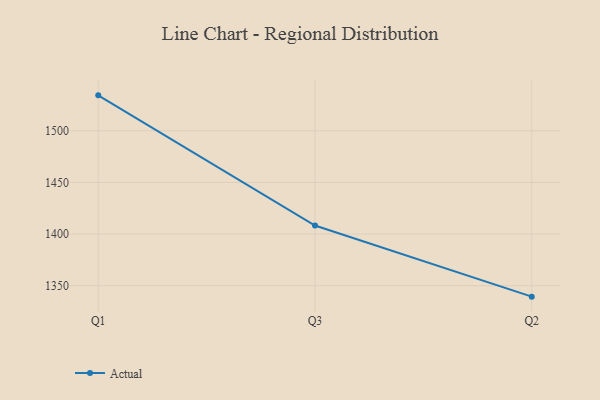
{"axis": {"x": "Quarter", "y": "Churn Rate (%)"}, "legend": ["Actual"], "data": [{"x": "Q1", "y": 1534.3, "type": "Actual"}, {"x": "Q3", "y": 1408.3, "type": "Actual"}, {"x": "Q2", "y": 1339.4, "type": "Actual"}]}